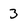
Character: 3